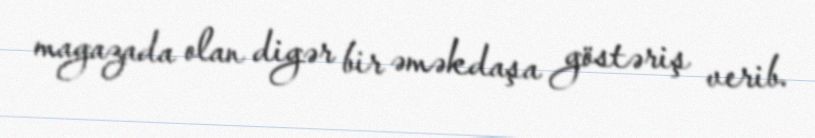
magazada olan digər bir əməkdaşa göstəriş verib.